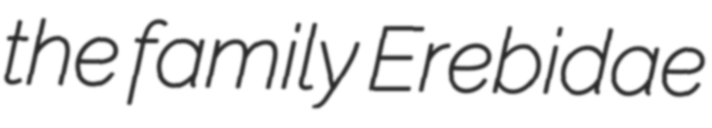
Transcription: the family Erebidae